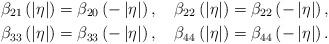
LaTeX: \begin{align*}\beta_{21}\left(\left|\eta\right|\right) & =\beta_{20}\left(-\left|\eta\right|\right),\quad\beta_{22}\left(\left|\eta\right|\right)=\beta_{22}\left(-\left|\eta\right|\right),\\\beta_{33}\left(\left|\eta\right|\right) & =\beta_{33}\left(-\left|\eta\right|\right),\quad\beta_{44}\left(\left|\eta\right|\right)=\beta_{44}\left(-\left|\eta\right|\right).\end{align*}